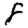
Digit: 8